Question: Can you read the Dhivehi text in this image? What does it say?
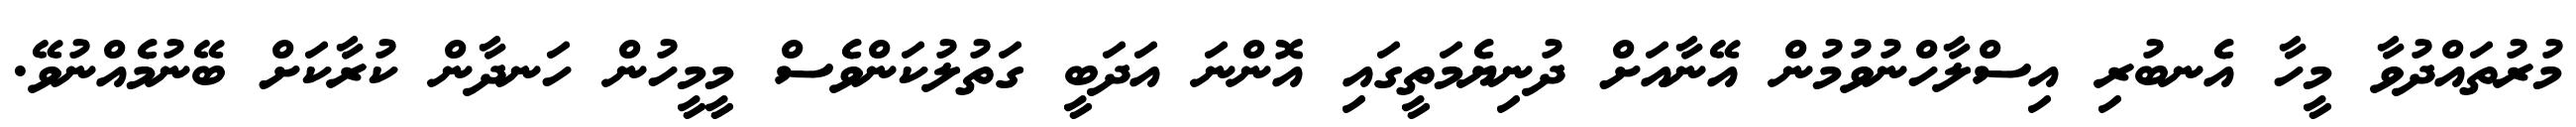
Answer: މުރުތައްދުވާ މީހާ އެނބުރި އިސްލާހްނުވުމުން އޭނާއަށް ދުނިޔެމަތީގައި އޮންނަ އަދަބީ ގަތުލުކަންވެސް މީމީހުން ހަނދާން ކުރާކަށް ބޭނުމެއްނުވޭ.